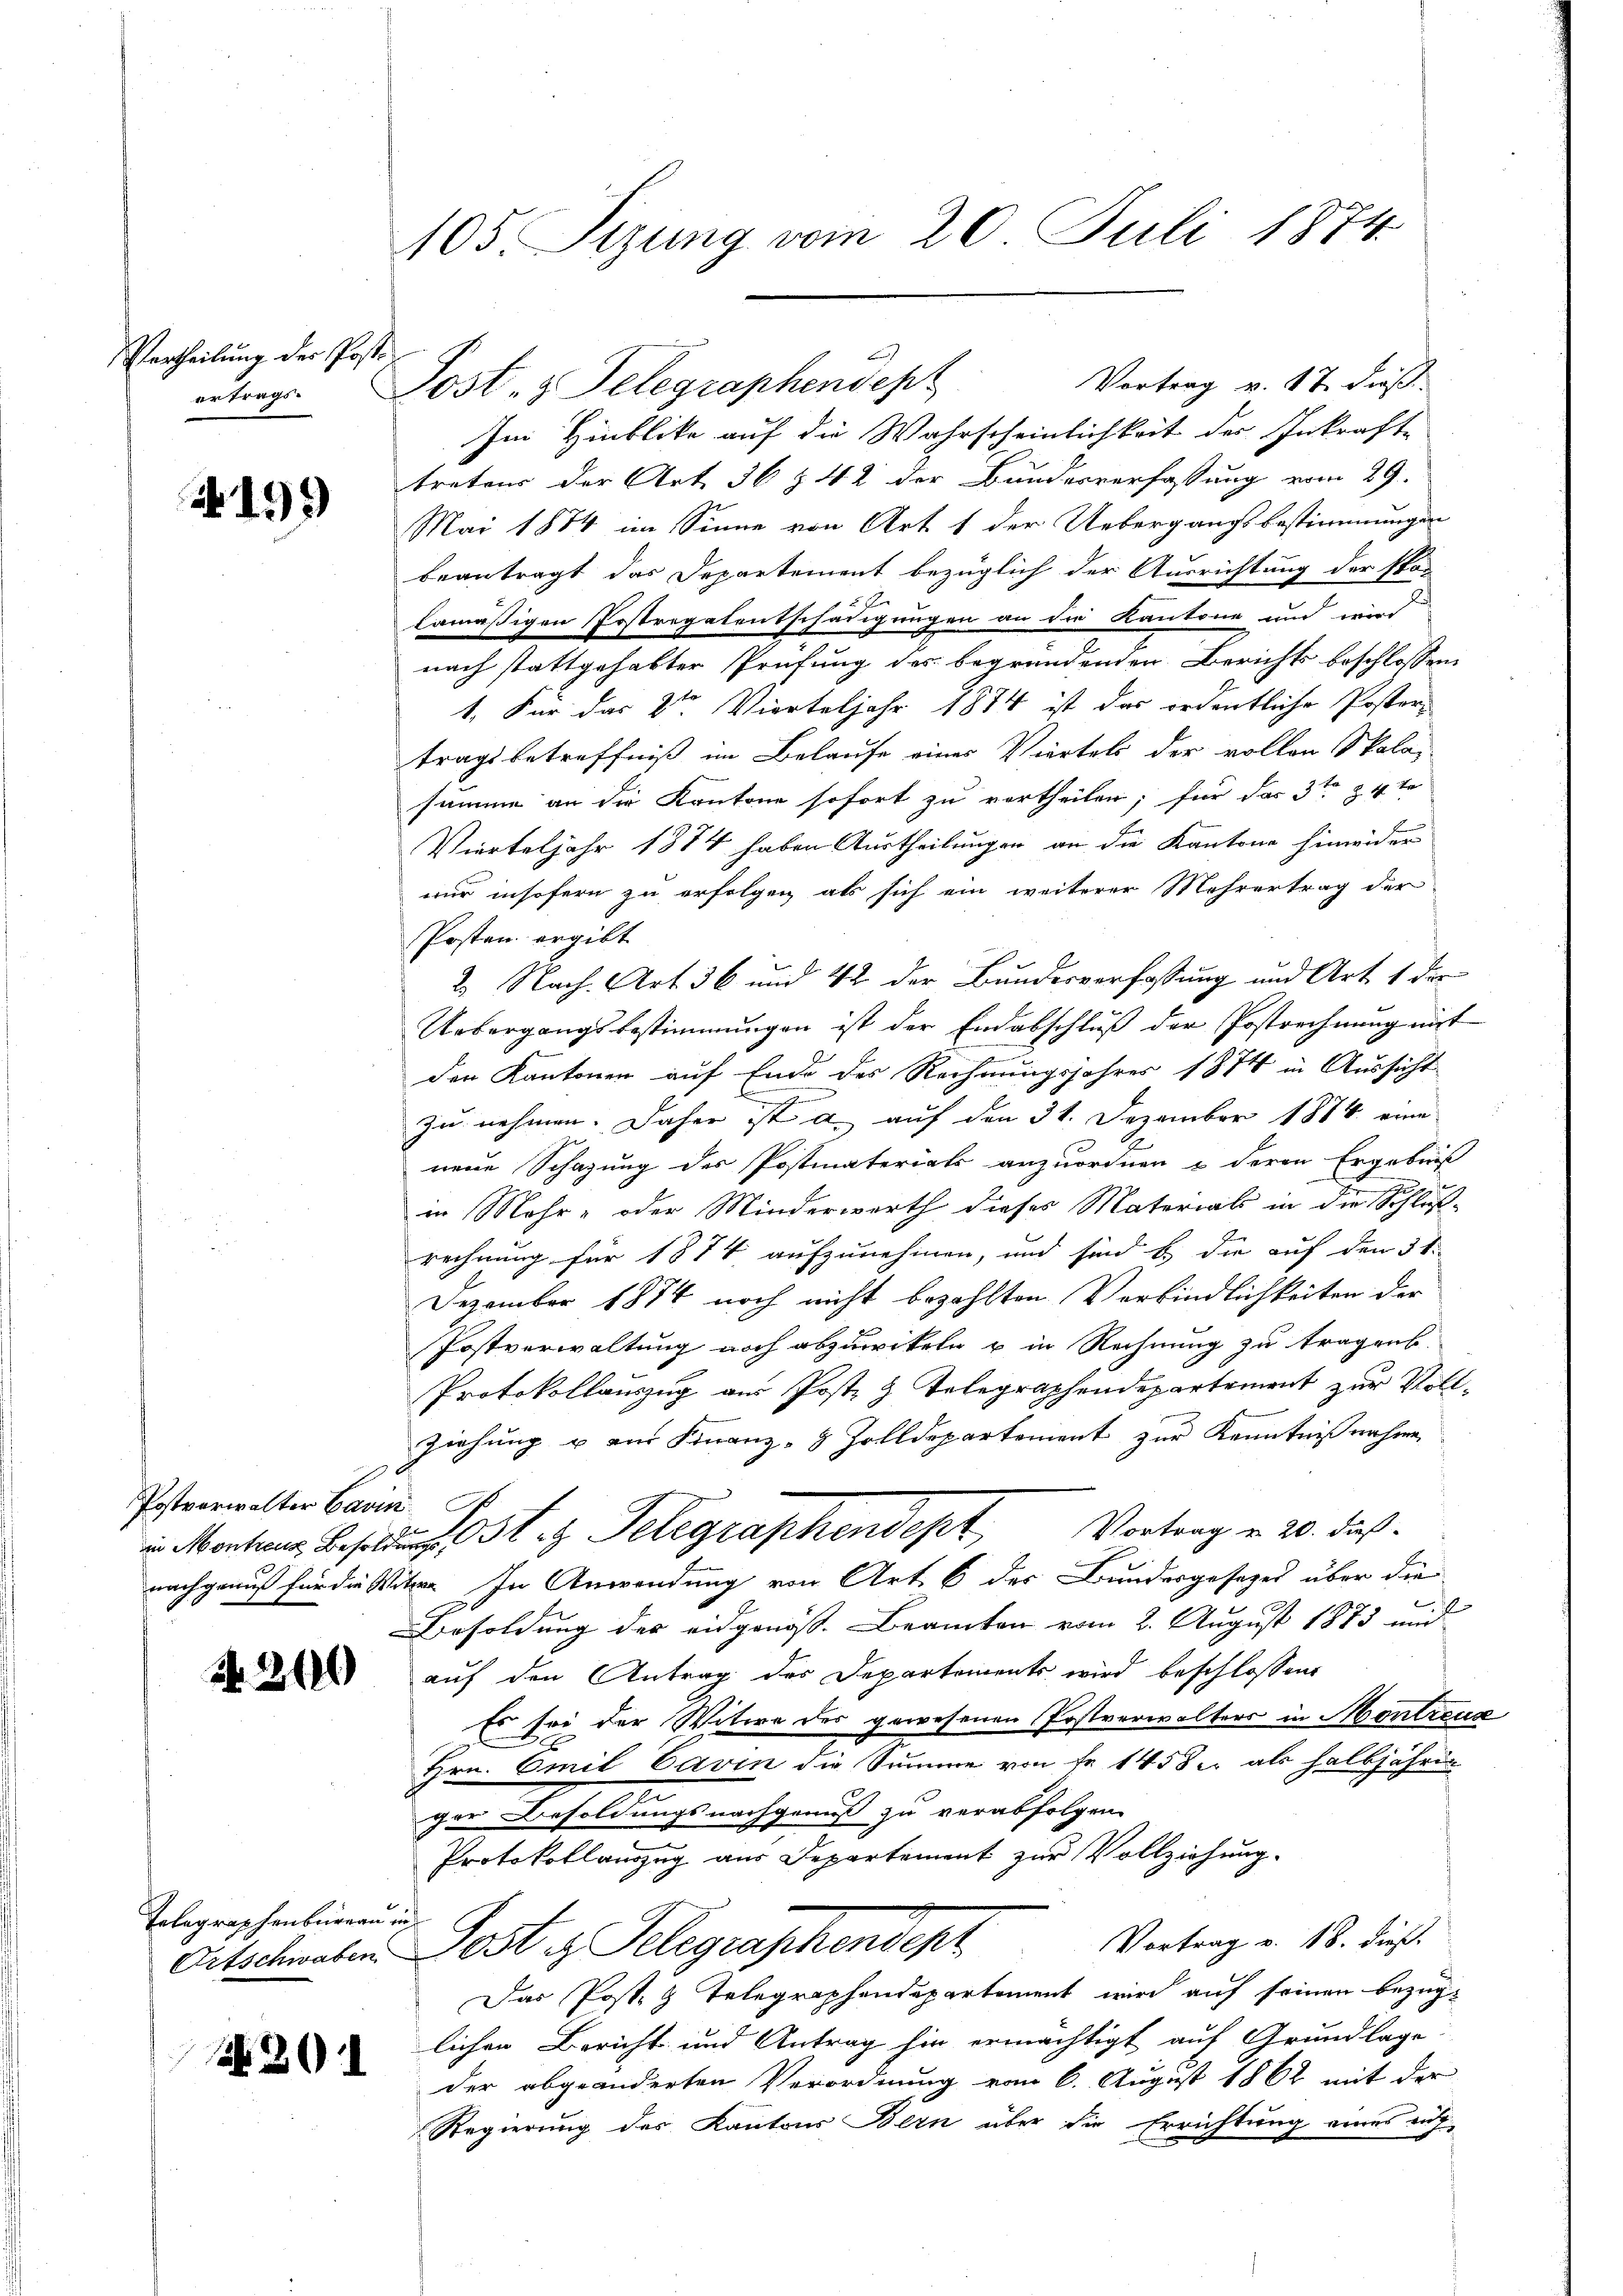
Vertheilung der Poste
ertrags.

4199

Postverwalter Carin

Nr. 219

Telegraphenbureau in

2

105. Sizung vom 20. Juli 1874

Vortrag v. 17. dieß
Im Hinblicke auf die Wahrscheinlichkeit der Inkraft-
tretens der Art 36 § 42 der Bundesverfassung vom 29.
Mai 1884 im Sinne von Art. 1 der Uebergangsbestimmungen
beantragt das Departement bezüglich der Ausrichtung der Spar-
5
lamäßigen Postregatentschädigungen an die Kantone und wird
nach stattgehabter Prüfung des begründenden Berichts beschlossene
1. Für das 2ten Vierteljahr 1874 ist das ordentliche Poster-
tragsbetreffniß im Belaufe einer Viertels der vollen Skalasumme an die Kantone sofort zu vertheilen; für das 3ten 4te
Vierteljahr 1874 haben Austheilungen an die Kantone hinwider
nur insofern zu erfolgen als sich ein weiterer Mehrertrag der
Posten ergibt
2. Nach. Art. 36 und 42 der Bundesverfassung und Art. 1 der
Uebergangsbestimmungen ist der Endabschluß der Postrechnung mit
den Kantonen auf Ende des Rechnungsjahres 1874 in Aussicht
n
zu nehmen. Daher ist a. auf den 31. Dezember 1884 eine
nene Schazung des Postmaterials anzuordnen & deren Ergebniß
in Mehr- oder Minderwerth dieses Materials in die Schluß-
rechnung für 1874 aufzunehmen, und sind b.) die auf den 31.
Dezember 1874 noch nicht bezahlten Verbindlichkeiten der
Postverwaltung noch abzuwikeln u in Rechnung zu tragen.
Protokollauszug aus Post- & Telegraphendepartement zur Vollziehung u am Finanz-8 Zolldepartement zur Kenntnißnahmen
 Montant Telegraphendept Vortrag u. 20. dies
nachgenuß für die Witzer In Anwendung von Art. 6 des Bundesgesezes über die
Besoldung des eidgenöss. Beamten vom 2. August 1873 und
auf den Antrag des Departements wird beschlossen
Es sei der Witwe der gewesenen Postverwalters in Montreus
Hrn. Emil Caven die Summe von fr. 1458 als halbjährig
ger Besoldungsnachgenuß zu verabfolgen.
Protokollauszug aus Departement zur Vollziehung.
Vortrag v. 18. dieß.
Ortschwaben Post u. Telegraschendept
Das Post- & Telegraphendepartement wird auf seinen bezüg-
lichen Bericht und Antrag hin ermächtigt auf Grundlage
der abgeänderten Verordnung vom 6. August 1862 mit der
Regierung des Kantons Bern über die Errichtung eines auf

Post, z. Telegraphendept